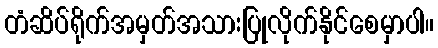
တံဆိပ်ရိုက်အမှတ်အသားပြုလိုက်နိုင်စေမှာပါ။